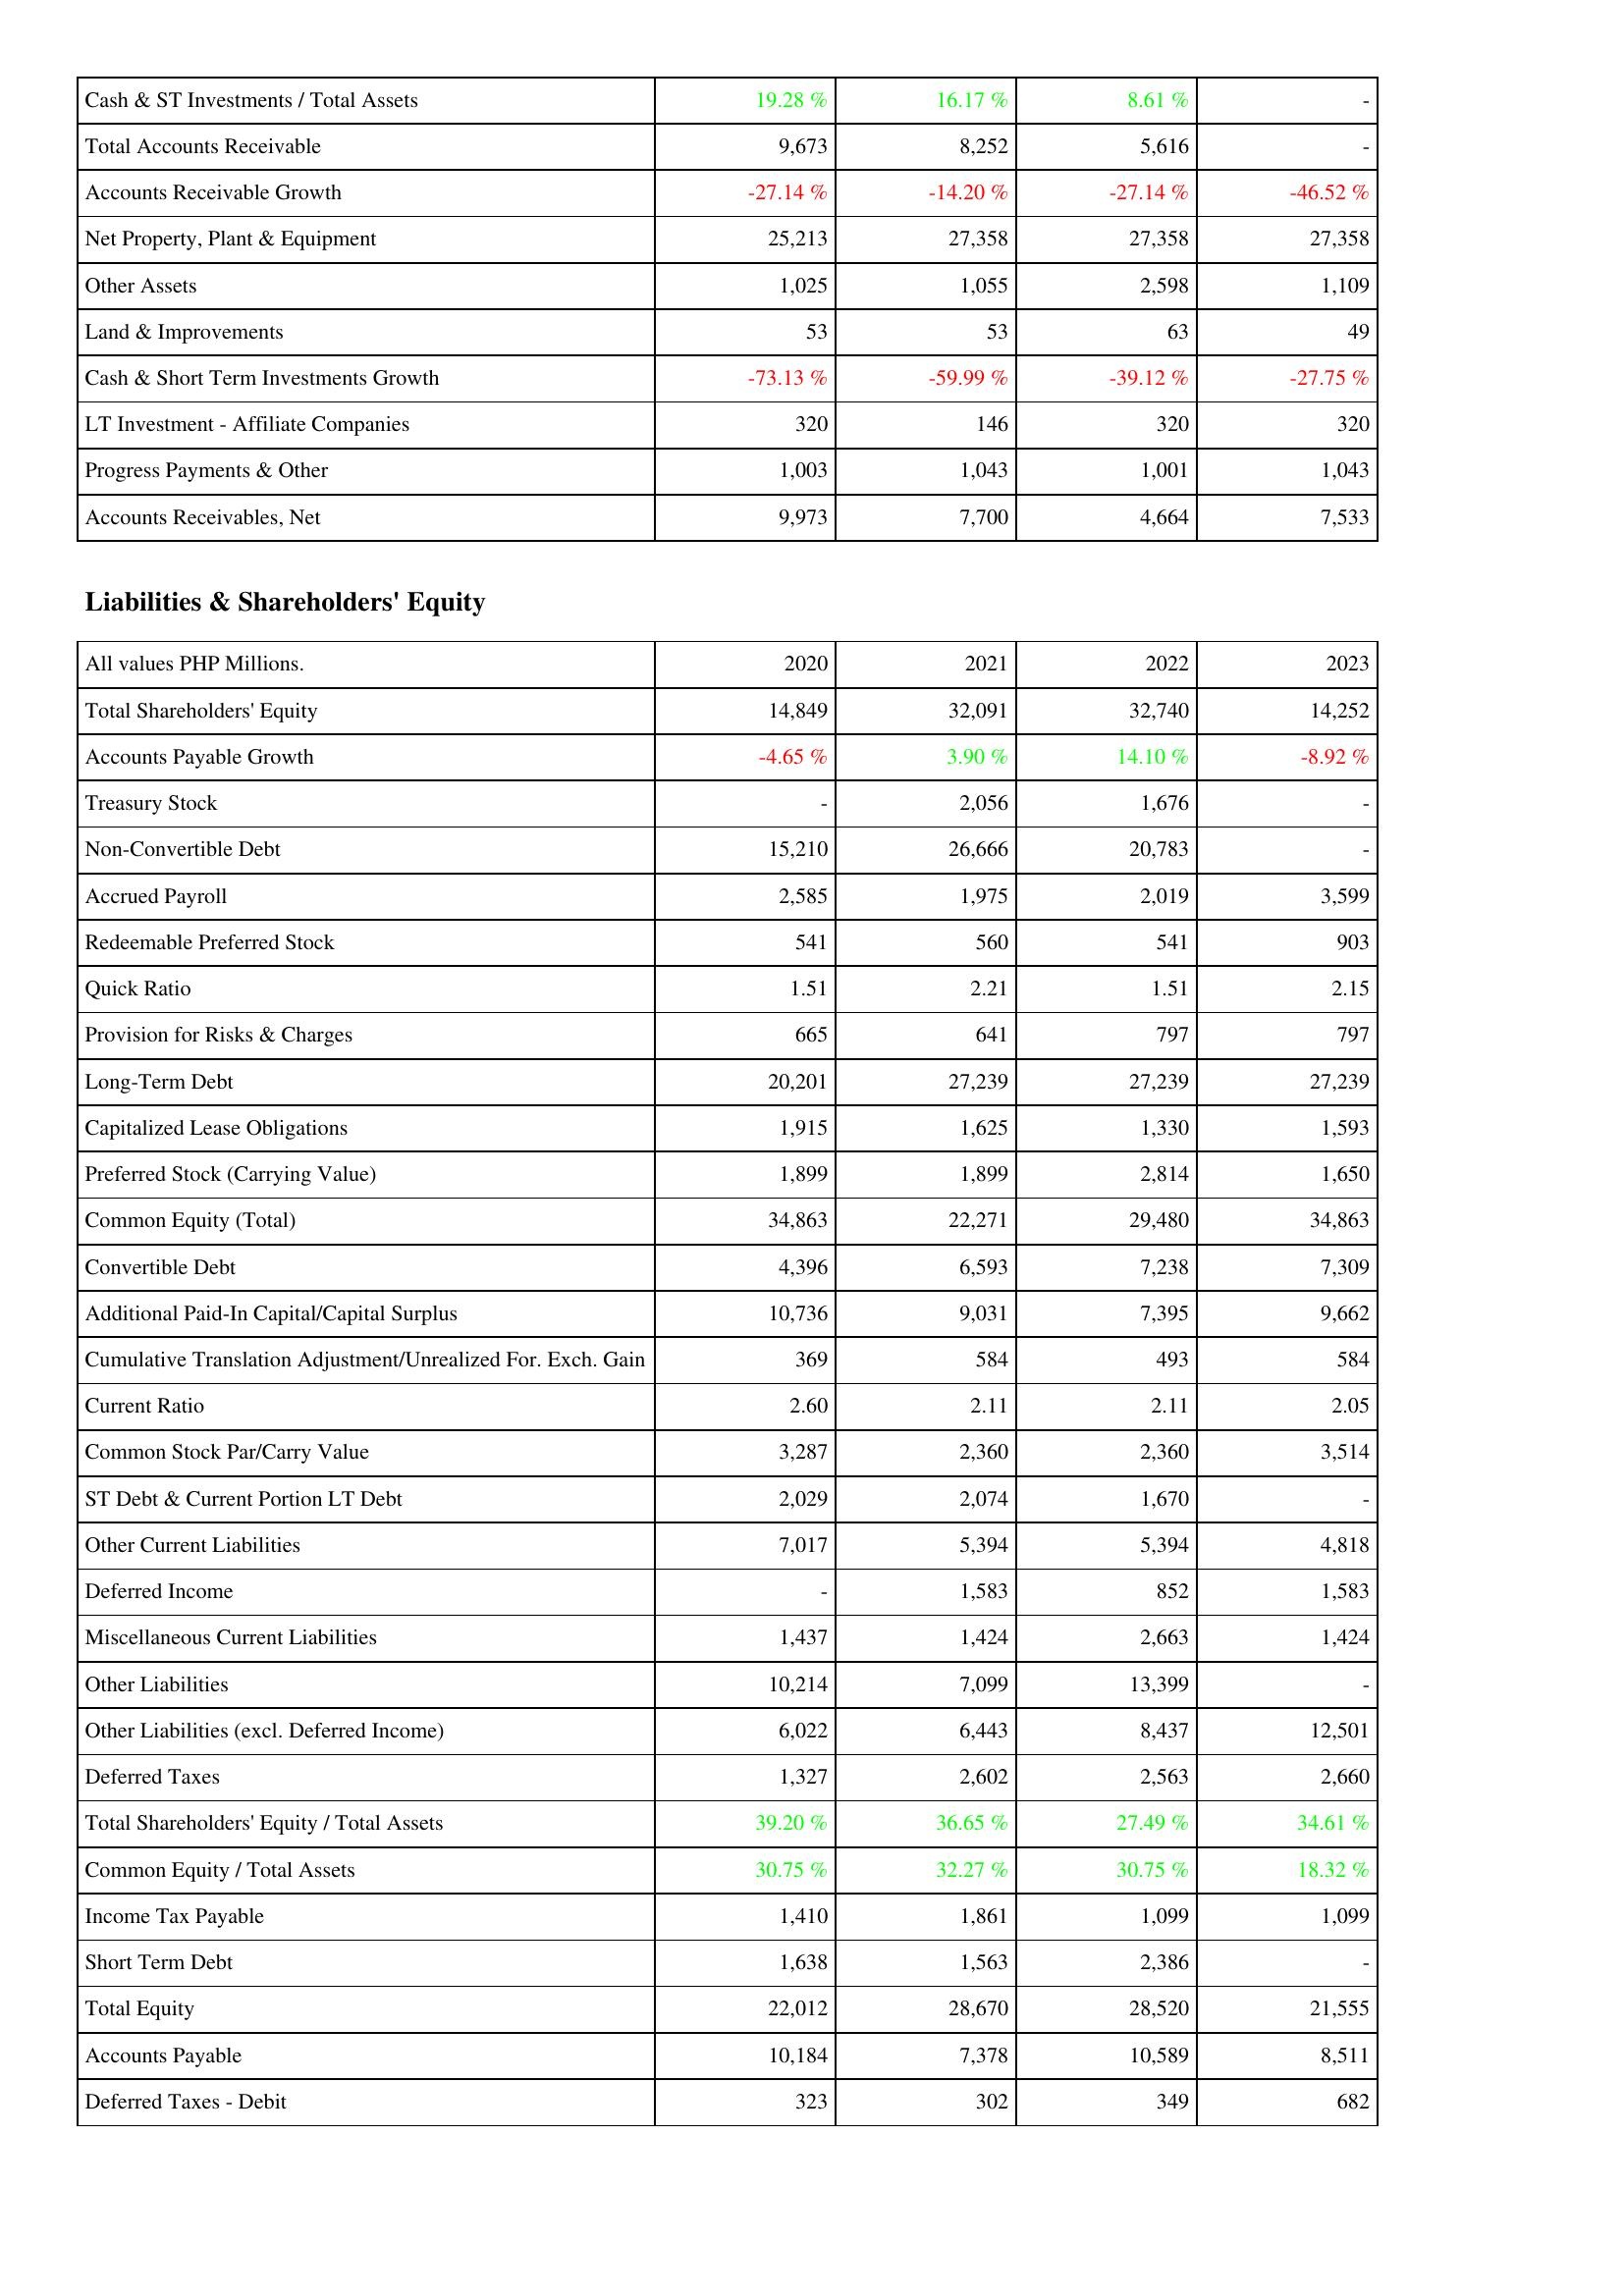
2020: Assets: Cash & ST Investments / Total Assets: 19.28 %
Total Accounts Receivable: 9,673
Accounts Receivable Growth: -27.14 %
Net Property, Plant & Equipment: 25,213
Other Assets: 1,025
Land & Improvements: 53
Cash & Short Term Investments Growth: -73.13 %
LT Investment - Affiliate Companies: 320
Progress Payments & Other: 1,003
Accounts Receivables, Net: 9,973
Liabilities & Shareholders' Equity: Total Shareholders' Equity: 14,849
Accounts Payable Growth: -4.65 %
Treasury Stock: -
Non-Convertible Debt: 15,210
Accrued Payroll: 2,585
Redeemable Preferred Stock: 541
Quick Ratio: 1.51
Provision for Risks & Charges: 665
Long-Term Debt: 20,201
Capitalized Lease Obligations: 1,915
Preferred Stock (Carrying Value): 1,899
Common Equity (Total): 34,863
Convertible Debt: 4,396
Additional Paid-In Capital/Capital Surplus: 10,736
Cumulative Translation Adjustment/Unrealized For. Exch. Gain: 369
Current Ratio: 2.60
Common Stock Par/Carry Value: 3,287
ST Debt & Current Portion LT Debt: 2,029
Other Current Liabilities: 7,017
Deferred Income: -
Miscellaneous Current Liabilities: 1,437
Other Liabilities: 10,214
Other Liabilities (excl. Deferred Income): 6,022
Deferred Taxes: 1,327
Total Shareholders' Equity / Total Assets: 39.20 %
Common Equity / Total Assets: 30.75 %
Income Tax Payable: 1,410
Short Term Debt: 1,638
Total Equity: 22,012
Accounts Payable: 10,184
Deferred Taxes - Debit: 323
2021: Assets: Cash & ST Investments / Total Assets: 16.17 %
Total Accounts Receivable: 8,252
Accounts Receivable Growth: -14.20 %
Net Property, Plant & Equipment: 27,358
Other Assets: 1,055
Land & Improvements: 53
Cash & Short Term Investments Growth: -59.99 %
LT Investment - Affiliate Companies: 146
Progress Payments & Other: 1,043
Accounts Receivables, Net: 7,700
Liabilities & Shareholders' Equity: Total Shareholders' Equity: 32,091
Accounts Payable Growth: 3.90 %
Treasury Stock: 2,056
Non-Convertible Debt: 26,666
Accrued Payroll: 1,975
Redeemable Preferred Stock: 560
Quick Ratio: 2.21
Provision for Risks & Charges: 641
Long-Term Debt: 27,239
Capitalized Lease Obligations: 1,625
Preferred Stock (Carrying Value): 1,899
Common Equity (Total): 22,271
Convertible Debt: 6,593
Additional Paid-In Capital/Capital Surplus: 9,031
Cumulative Translation Adjustment/Unrealized For. Exch. Gain: 584
Current Ratio: 2.11
Common Stock Par/Carry Value: 2,360
ST Debt & Current Portion LT Debt: 2,074
Other Current Liabilities: 5,394
Deferred Income: 1,583
Miscellaneous Current Liabilities: 1,424
Other Liabilities: 7,099
Other Liabilities (excl. Deferred Income): 6,443
Deferred Taxes: 2,602
Total Shareholders' Equity / Total Assets: 36.65 %
Common Equity / Total Assets: 32.27 %
Income Tax Payable: 1,861
Short Term Debt: 1,563
Total Equity: 28,670
Accounts Payable: 7,378
Deferred Taxes - Debit: 302
2022: Assets: Cash & ST Investments / Total Assets: 8.61 %
Total Accounts Receivable: 5,616
Accounts Receivable Growth: -27.14 %
Net Property, Plant & Equipment: 27,358
Other Assets: 2,598
Land & Improvements: 63
Cash & Short Term Investments Growth: -39.12 %
LT Investment - Affiliate Companies: 320
Progress Payments & Other: 1,001
Accounts Receivables, Net: 4,664
Liabilities & Shareholders' Equity: Total Shareholders' Equity: 32,740
Accounts Payable Growth: 14.10 %
Treasury Stock: 1,676
Non-Convertible Debt: 20,783
Accrued Payroll: 2,019
Redeemable Preferred Stock: 541
Quick Ratio: 1.51
Provision for Risks & Charges: 797
Long-Term Debt: 27,239
Capitalized Lease Obligations: 1,330
Preferred Stock (Carrying Value): 2,814
Common Equity (Total): 29,480
Convertible Debt: 7,238
Additional Paid-In Capital/Capital Surplus: 7,395
Cumulative Translation Adjustment/Unrealized For. Exch. Gain: 493
Current Ratio: 2.11
Common Stock Par/Carry Value: 2,360
ST Debt & Current Portion LT Debt: 1,670
Other Current Liabilities: 5,394
Deferred Income: 852
Miscellaneous Current Liabilities: 2,663
Other Liabilities: 13,399
Other Liabilities (excl. Deferred Income): 8,437
Deferred Taxes: 2,563
Total Shareholders' Equity / Total Assets: 27.49 %
Common Equity / Total Assets: 30.75 %
Income Tax Payable: 1,099
Short Term Debt: 2,386
Total Equity: 28,520
Accounts Payable: 10,589
Deferred Taxes - Debit: 349
2023: Assets: Cash & ST Investments / Total Assets: -
Total Accounts Receivable: -
Accounts Receivable Growth: -46.52 %
Net Property, Plant & Equipment: 27,358
Other Assets: 1,109
Land & Improvements: 49
Cash & Short Term Investments Growth: -27.75 %
LT Investment - Affiliate Companies: 320
Progress Payments & Other: 1,043
Accounts Receivables, Net: 7,533
Liabilities & Shareholders' Equity: Total Shareholders' Equity: 14,252
Accounts Payable Growth: -8.92 %
Treasury Stock: -
Non-Convertible Debt: -
Accrued Payroll: 3,599
Redeemable Preferred Stock: 903
Quick Ratio: 2.15
Provision for Risks & Charges: 797
Long-Term Debt: 27,239
Capitalized Lease Obligations: 1,593
Preferred Stock (Carrying Value): 1,650
Common Equity (Total): 34,863
Convertible Debt: 7,309
Additional Paid-In Capital/Capital Surplus: 9,662
Cumulative Translation Adjustment/Unrealized For. Exch. Gain: 584
Current Ratio: 2.05
Common Stock Par/Carry Value: 3,514
ST Debt & Current Portion LT Debt: -
Other Current Liabilities: 4,818
Deferred Income: 1,583
Miscellaneous Current Liabilities: 1,424
Other Liabilities: -
Other Liabilities (excl. Deferred Income): 12,501
Deferred Taxes: 2,660
Total Shareholders' Equity / Total Assets: 34.61 %
Common Equity / Total Assets: 18.32 %
Income Tax Payable: 1,099
Short Term Debt: -
Total Equity: 21,555
Accounts Payable: 8,511
Deferred Taxes - Debit: 682